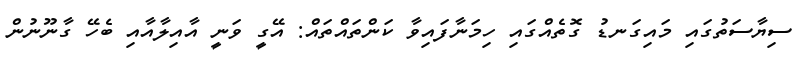
ސިޔާސަތުގައި މައިގަނޑު ގޮތެއްގައި ހިމަނާފައިވާ ކަންތައްތައް: އޭގީ ވަނީ އާއިލާއާއި ބެހޭ ގާނޫނުން